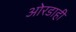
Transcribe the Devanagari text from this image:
ओरडाही